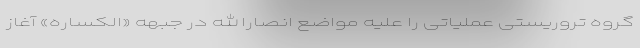
گروه تروریستی عملیاتی را علیه مواضع انصارالله در جبهه «الکساره» آغاز